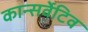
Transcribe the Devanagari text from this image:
कान्सर्वेटिव